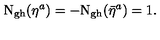
\mathrm { N _ { g h } } ( \eta ^ { a } ) = - \mathrm { \mathrm { N _ { g h } } } ( \bar { \eta } ^ { a } ) = 1 .